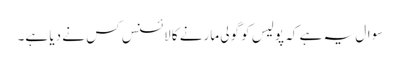
سوال یہ ہے کہ پولیس کو گولی مارنے کا لائسنس کس نے دیا ہے۔